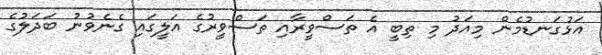
އަޅުގަނޑުމެން މިއަދު މި ތިބީ އެ ތަސްވީރާއި ތަސްވީރުގެ އަލީގައި ގެނެވުނު ބަދަލުގެ